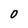
Character: 0